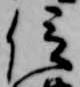
信